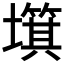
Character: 𡒬